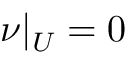
\nu | _ { U } = 0